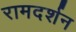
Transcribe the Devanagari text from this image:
रामदर्शन